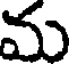
మ